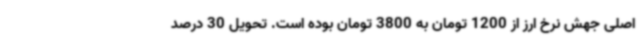
اصلی جهش نرخ ارز از 1200 تومان به 3800 تومان بوده است. تحویل 30 درصد